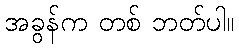
အခွန်က တစ် ဘတ်ပါ။